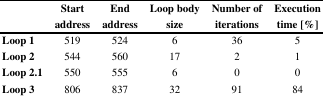
<table><thead><tr><td>[EMPTY_CELL]</td><td><b>Start address</b></td><td><b>End address</b></td><td><b>Loop body size</b></td><td><b>Number of iterations</b></td><td><b>Execution time [%]</b></td></tr></thead><tbody><tr><td><b>Loop 1</b></td><td>519</td><td>524</td><td>6</td><td>36</td><td>5</td></tr><tr><td><b>Loop 2</b></td><td>544</td><td>560</td><td>17</td><td>2</td><td>1</td></tr><tr><td><b>Loop 2.1</b></td><td>550</td><td>555</td><td>6</td><td>0</td><td>0</td></tr><tr><td><b>Loop 3</b></td><td>806</td><td>837</td><td>32</td><td>91</td><td>84</td></tr></tbody></table>